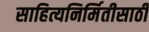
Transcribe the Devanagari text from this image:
साहित्यनिर्मितीसाठी